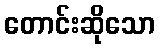
တောင်းဆိုသော